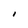
Character: I